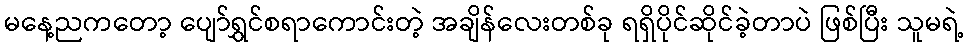
မနေ့ညကတော့ ပျော်ရွှင်စရာကောင်းတဲ့ အချိန်လေးတစ်ခု ရရှိပိုင်ဆိုင်ခဲ့တာပဲ ဖြစ်ပြီး သူမရဲ့